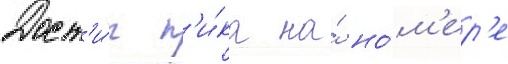
Дост'и́г п'и́ка на́ но́м'ер'е